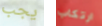
يجب ارتكاب